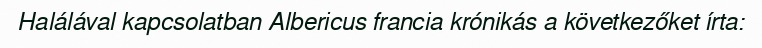
Halálával kapcsolatban Albericus francia krónikás a következőket írta: